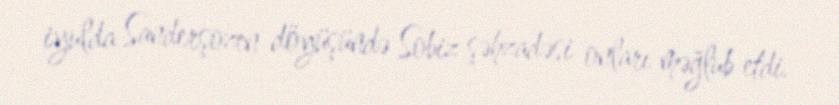
iyulda Sanderşozen döyüşündə Sobiz şəhzadəsi onları məğlub etdi.